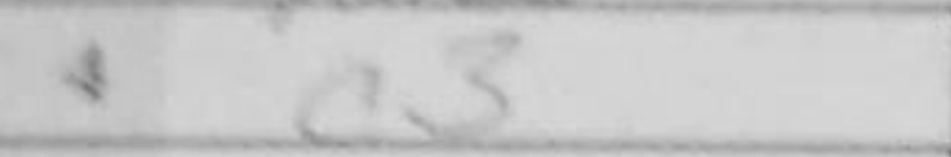
Transcription: c3